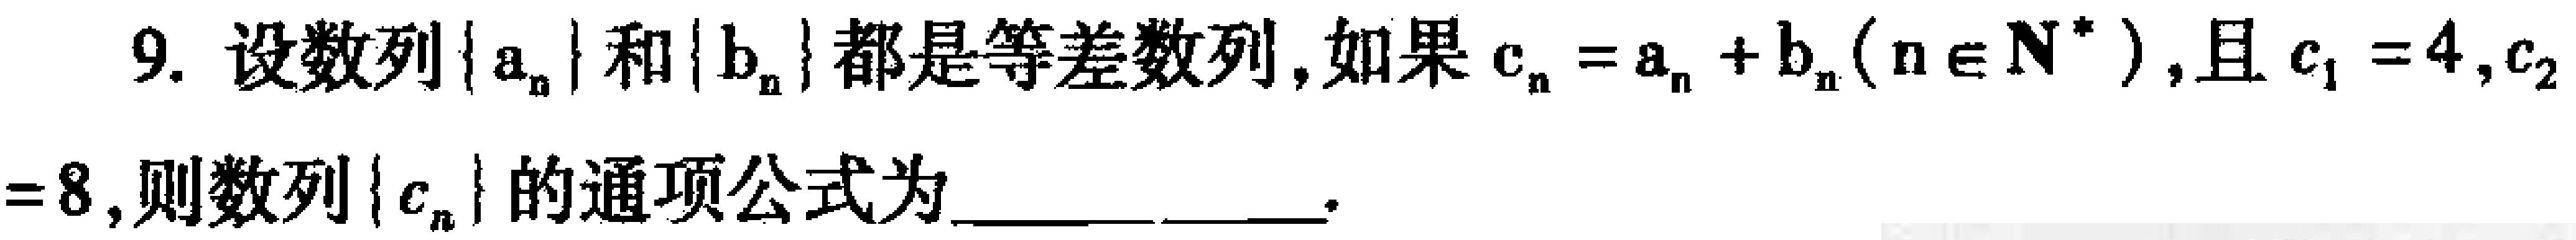
9. 设数列\(\{ a_{n}\}\)和\(\{ b_{n}\}\)都是等差数列，如果\(c_{n}=a_{n}+b_{n}(n\in\mathbf{N}^{*})\)，且\(c_{1}=4,c_{2}\)
\( = 8\)，则数列\(\{ c_{n}\}\)的通项公式为  。